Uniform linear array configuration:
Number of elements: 8
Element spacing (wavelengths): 0.25
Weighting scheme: cosine
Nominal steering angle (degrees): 15
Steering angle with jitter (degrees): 14.028
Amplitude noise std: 0.05
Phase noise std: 0.05

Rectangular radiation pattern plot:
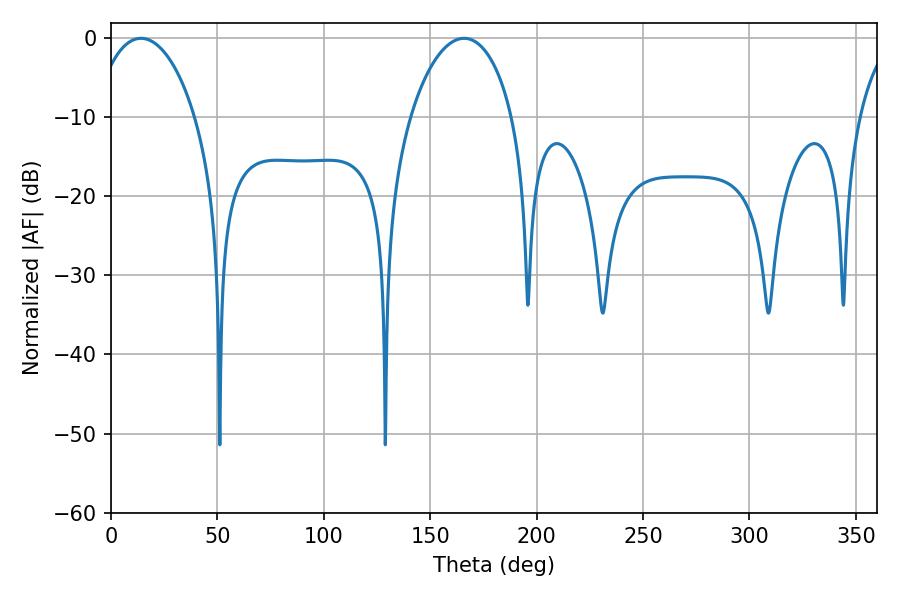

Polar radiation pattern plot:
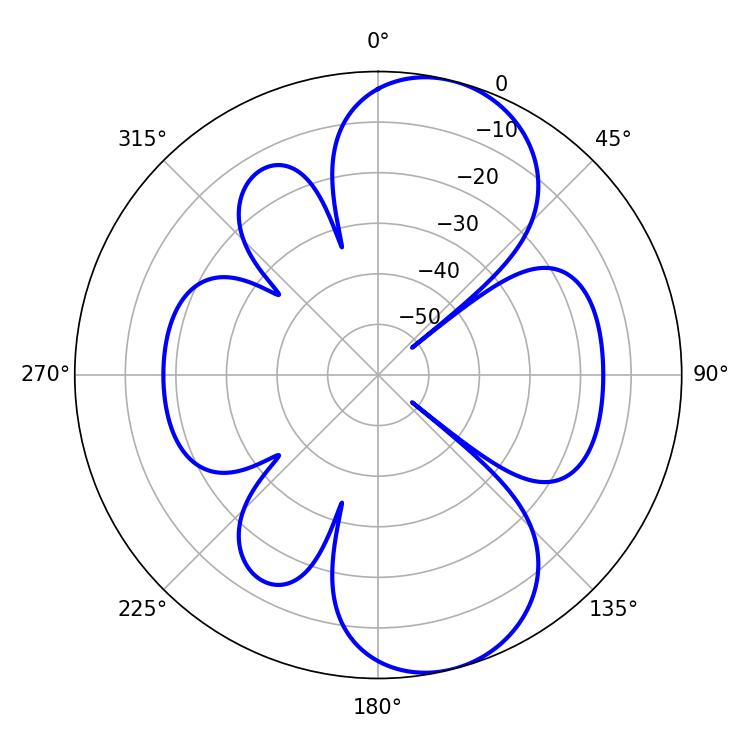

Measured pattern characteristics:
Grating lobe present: FALSE
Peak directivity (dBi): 9.028
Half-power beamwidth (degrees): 27.36
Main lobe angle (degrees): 14.04